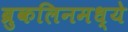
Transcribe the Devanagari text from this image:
ब्रुकलिनमध्ये